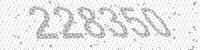
Solution: 228350